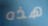
هذه